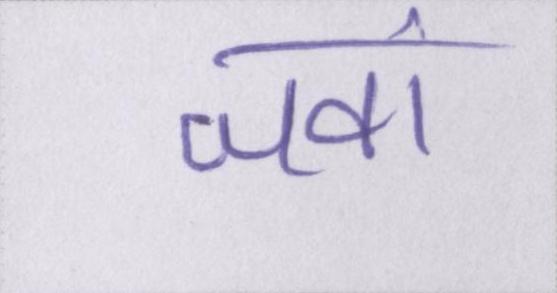
जवां